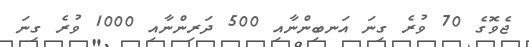
ޖެވޮގެ 70 ވުރެ ގިނަ އަނބިންނާއި 500 ދަރިންނާއި 1000 ވުރެ ގިނަ